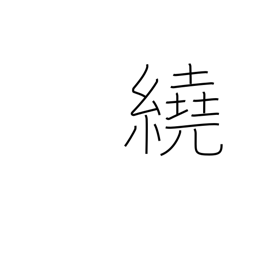
Meaning: surround